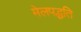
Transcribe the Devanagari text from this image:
मेलपद्धति